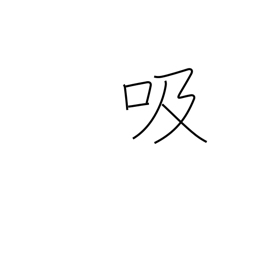
Meaning: inhale